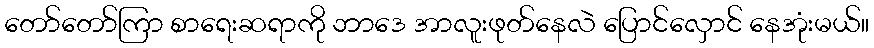
တော်တော်ကြာ စာရေးဆရာကို ဘာဒေ အာလူးဖုတ်နေလဲ ပြောင်လှောင် နေအုံးမယ်။